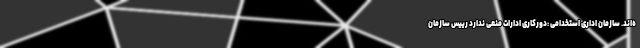
ه‌اند. سازمان اداری استخدامی :دورکاری ادارات منعی ندارد رییس سازمان